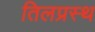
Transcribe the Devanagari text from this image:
तिलप्रस्थ